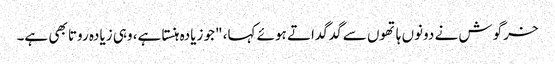
خرگوش نے دونوں ہاتھوں سے گدگداتے ہوئے کہا، "جو زیادہ ہنستا ہے، وہی زیادہ روتا بھی ہے۔